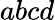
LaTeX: abcd